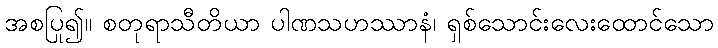
အစပြု၍။ စတုရာသီတိယာ ပါဏသဟဿာနံ၊ ရှစ်သောင်းလေးထောင်သော